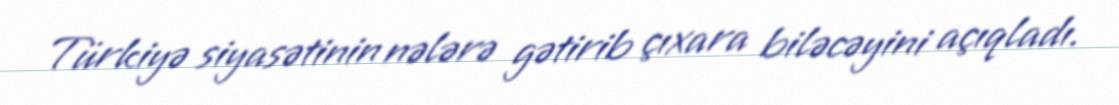
Türkiyə siyasətinin nələrə gətirib çıxara biləcəyini açıqladı.